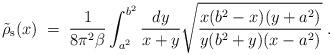
LaTeX: \begin{align*}\tilde{\rho}_{\rm s}(x)\;=\;{1\over 8\pi^2\beta}\int_{a^2}^{b^2} { dy\over x+y} \sqrt{ {x(b^2-x)(y+a^2)\over y(b^2+y)(x-a^2)}}\;.\end{align*}